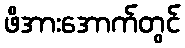
ဖိအားအောက်တွင်